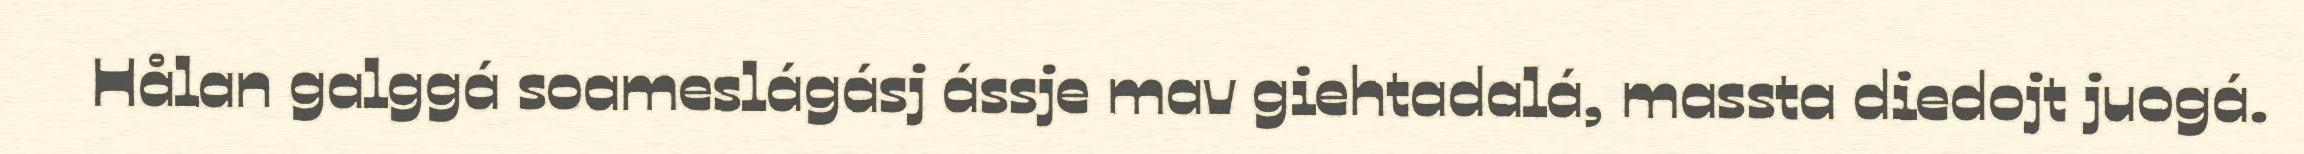
Hålan galggá soameslágásj ássje mav giehtadalá, massta diedojt juogá.